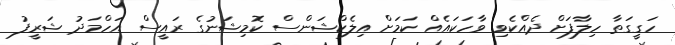
ހަގީގަތާ ހިލާފަށް ދެއްކެވި ވާހަކައެއް ކަމަށް އިލެކްޝަންސް ކޮމިޝަނުގެ ރައީސް އަހްމަދު ޝަރީފު